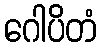
ဂေါပိတံ